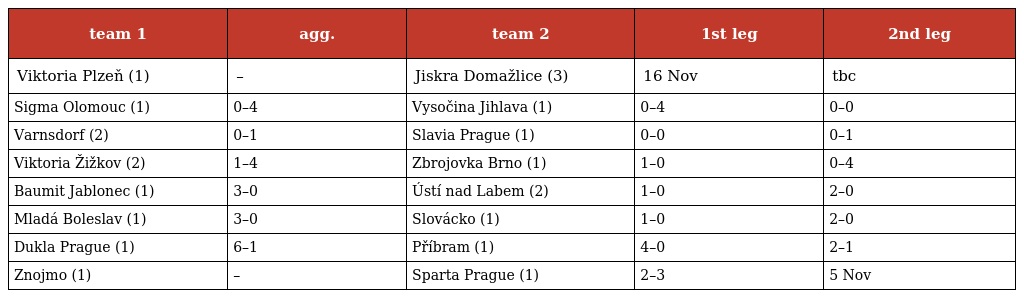
| team 1 | agg. | team 2 | 1st leg | 2nd leg |
 | --- | --- | --- | --- | --- |
 | Viktoria Plzeň (1) | – | Jiskra Domažlice (3) | 16 Nov | tbc |
 | Sigma Olomouc (1) | 0–4 | Vysočina Jihlava (1) | 0–4 | 0–0 |
 | Varnsdorf (2) | 0–1 | Slavia Prague (1) | 0–0 | 0–1 |
 | Viktoria Žižkov (2) | 1–4 | Zbrojovka Brno (1) | 1–0 | 0–4 |
 | Baumit Jablonec (1) | 3–0 | Ústí nad Labem (2) | 1–0 | 2–0 |
 | Mladá Boleslav (1) | 3–0 | Slovácko (1) | 1–0 | 2–0 |
 | Dukla Prague (1) | 6–1 | Příbram (1) | 4–0 | 2–1 |
 | Znojmo (1) | – | Sparta Prague (1) | 2–3 | 5 Nov |